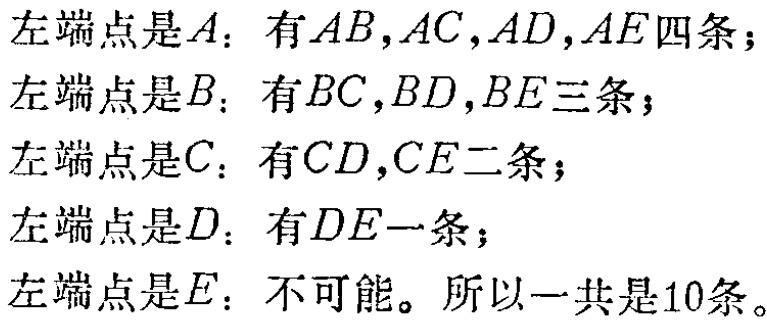
左端点是\(A\)：有\(AB,AC,AD,AE\)四条；

左端点是\(B\)：有\(BC,BD,BE\)三条；

左端点是\(C\)：有\(CD,CE\)二条；

左端点是\(D\)：有\(DE\)一条；

左端点是\(E\)：不可能。所以一共是\(10\)条。